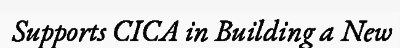
Supports CICA in Building a New